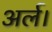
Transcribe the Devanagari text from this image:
अर्ल।